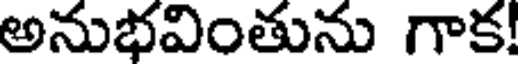
అనుభవింతును గాక!